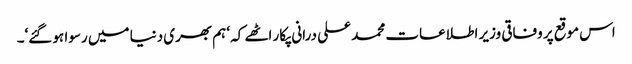
اس موقع پر وفاقی وزیر اطلاعات محمد علی درانی پکار اٹھے کہ ‘ہم بھری دنیا میں رسوا ہو گئے‘۔